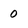
Character: 0